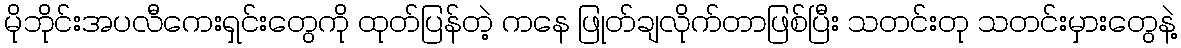
မိုဘိုင်းအပလီကေးရှင်းတွေကို ထုတ်ပြန်တဲ့ ကနေ ဖြုတ်ချလိုက်တာဖြစ်ပြီး သတင်းတု သတင်းမှားတွေနဲ့